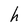
Character: h